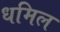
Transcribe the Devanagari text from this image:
धमिल